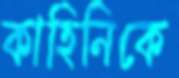
কাহিনিকে